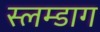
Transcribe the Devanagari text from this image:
स्लम्डाग